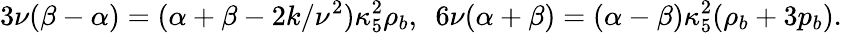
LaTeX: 3\nu(\beta-\alpha)=(\alpha+\beta-2k/\nu^{2})\kappa_{5}^{2}\rho_{b},~~6\nu(\alpha+\beta)=(\alpha-\beta)\kappa_{5}^{2}(\rho_{b}+3p_{b}).